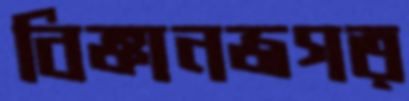
বিজ্ঞানজগত্